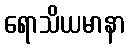
ရောသိယမာနာ